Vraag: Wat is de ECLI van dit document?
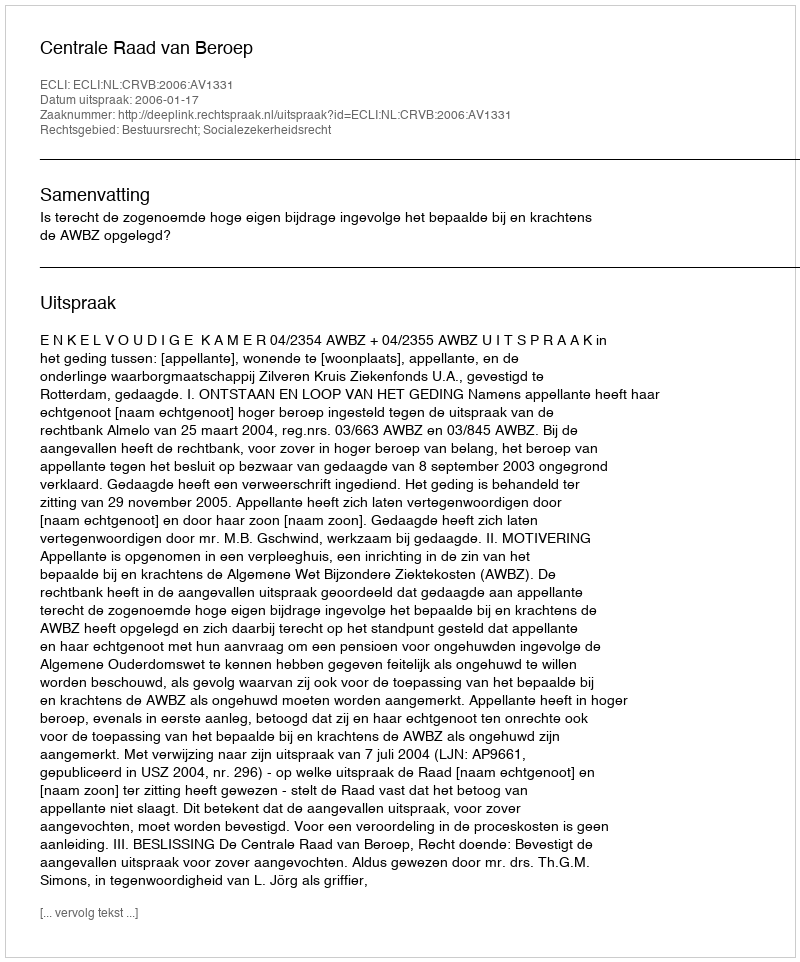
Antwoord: ECLI:NL:CRVB:2006:AV1331